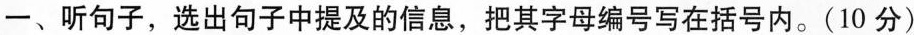
一、听句子,选出句子中提及的信息,把其字母编号写在括号内。(10 分)